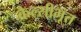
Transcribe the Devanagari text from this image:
कैल्सीभूत